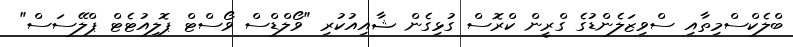
ބްލެކްސްމިތާއި ސްވިޒަލެންޑުގެ ގްރީން ކްރޮސް ގުޅިގެން ޝާއިއުކުރި "ވޯލްޑްސް ވޯސްޓް ޕޮލިއުޓެޓް ޕްލޭސަސް"